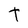
Character: t